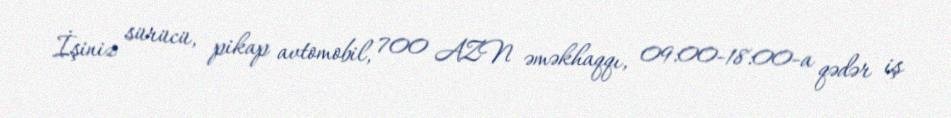
İşiniz sürücü, pikap avtomobil, 700 AZN əməkhaqqı, 09:00-18:00-a qədər iş